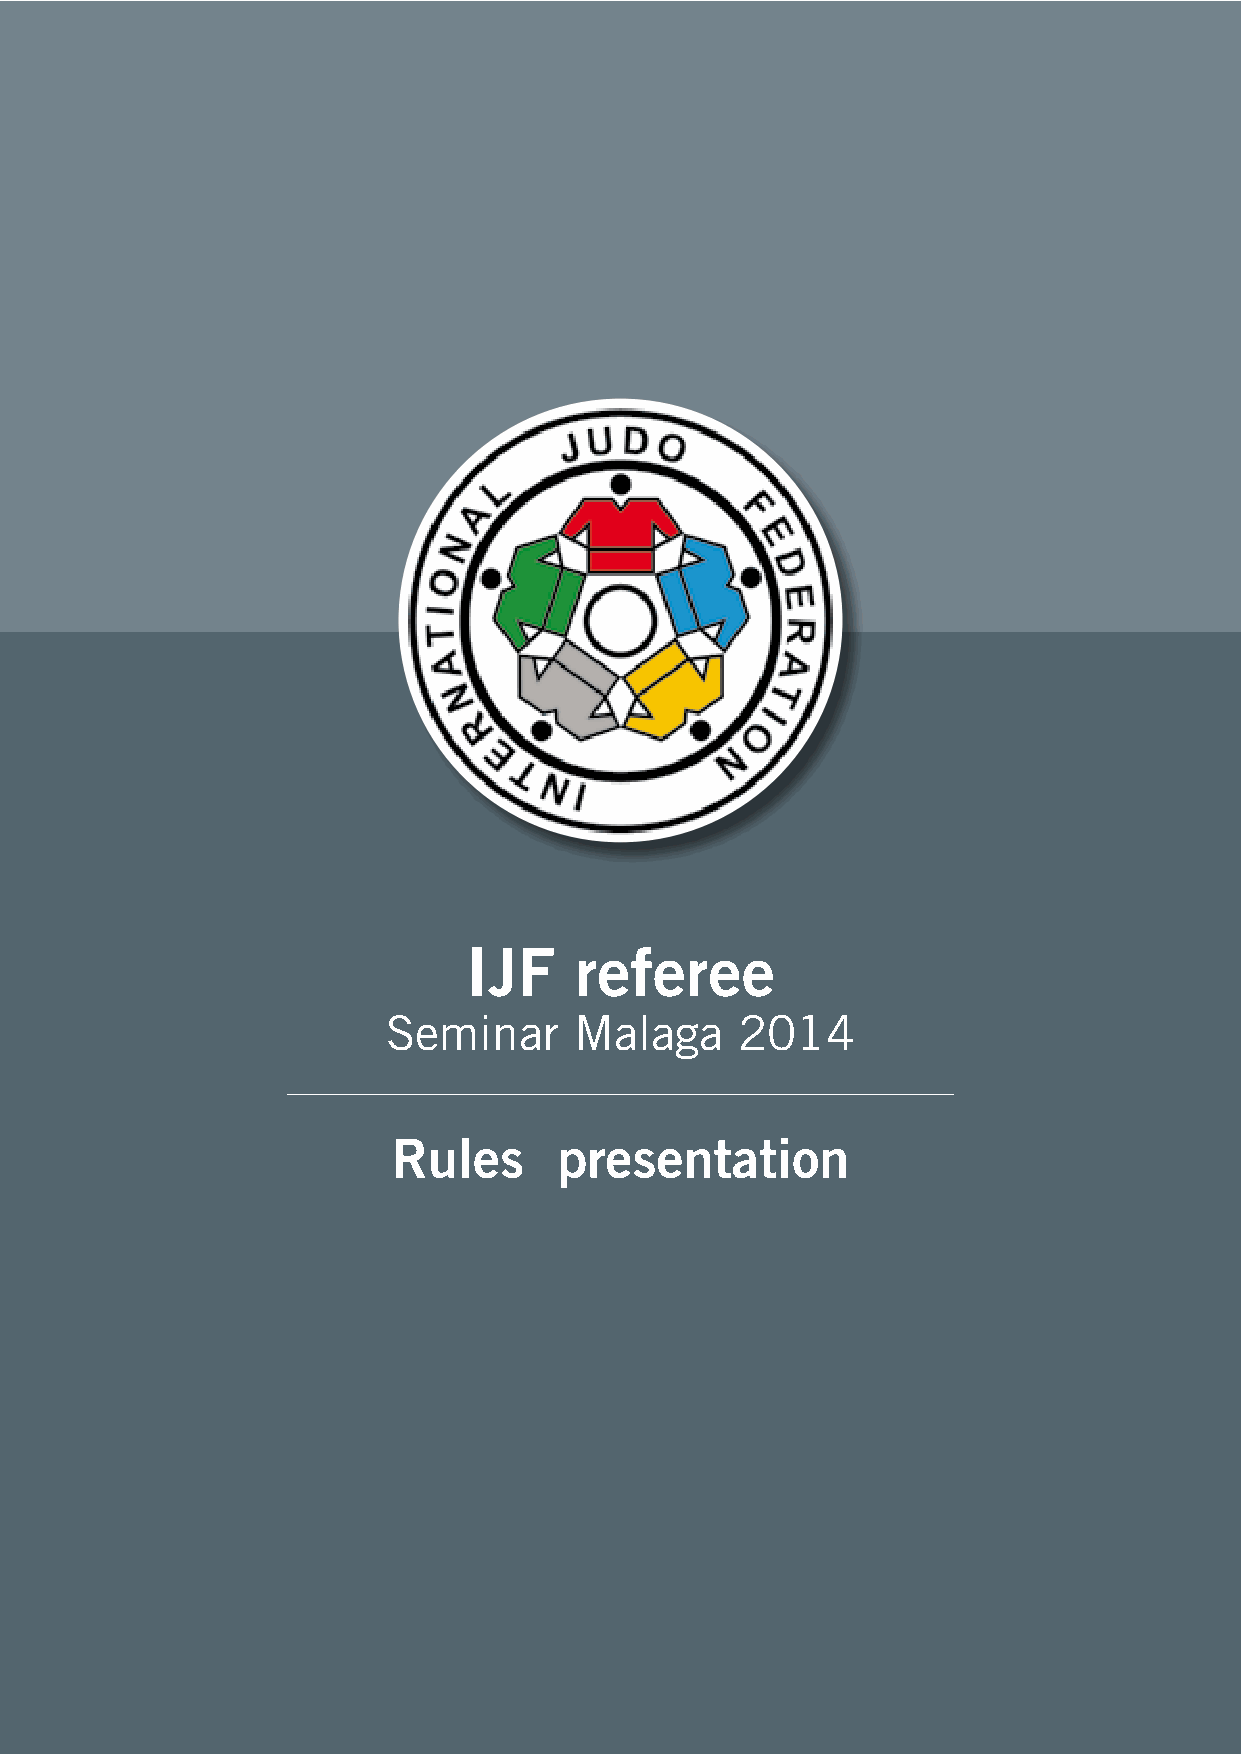
IJF    referee
 Seminar     Malaga     2014
 Rules      presentation
 1